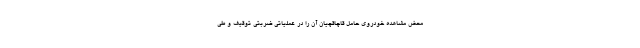
محض مشاهده خودروی حامل قاچاقچیان آن را در عملیاتی ضربتی توقیف و طی